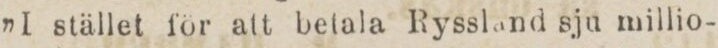
”I stället för att betala Ryssland sju millio-